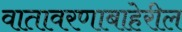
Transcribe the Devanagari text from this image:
वातावरणाबाहेरील